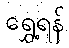
ရွှေ့ရန်